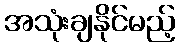
အသုံးချနိုင်မည့်